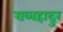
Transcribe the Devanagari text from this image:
राव्बहादुर